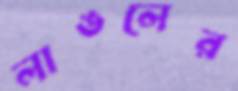
লাঙলের